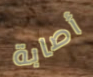
أصابة